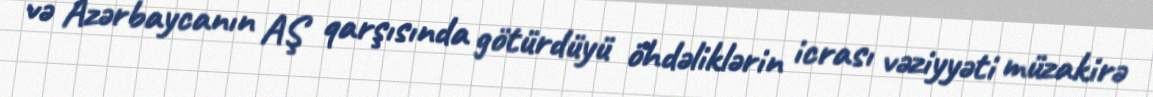
və Azərbaycanın AŞ qarşısında götürdüyü öhdəliklərin icrası vəziyyəti müzakirə